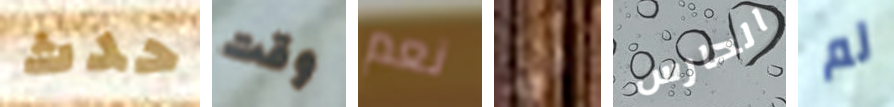
حدث وقت نعم التي الحارس لم